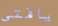
يافتى